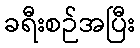
ခရီးစဉ်အပြီး